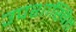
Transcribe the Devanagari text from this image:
उपशाखित